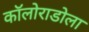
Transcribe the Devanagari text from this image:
कॉलोराडोला